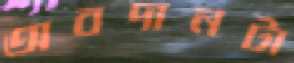
অবদানটা